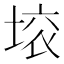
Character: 𱗉